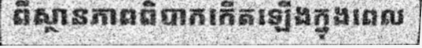
ពីស្ថានភាពពិបាកកើតឡើងក្នុងពេល